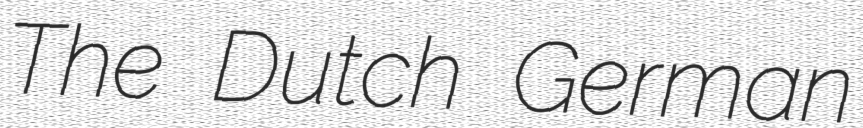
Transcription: The Dutch German